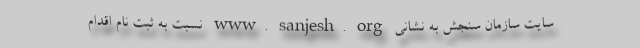
سایت سازمان سنجش به نشانی www. sanjesh. org نسبت به ثبت نام اقدام